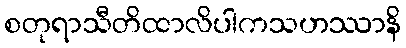
စတုရာသီတိထာလိပါကသဟဿာနိ